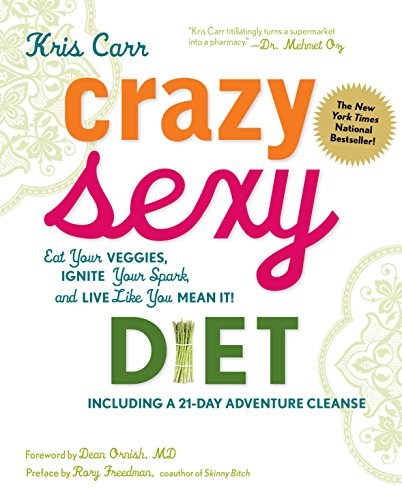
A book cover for Crazy Sexy Diet: Eat Your Veggies, Ignite Your Spark, and Live Like You Mean It!; Kris Carr; Self-Help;